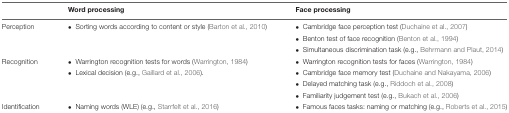
|  | Word processing | Face processing |
 | --- | --- | --- |
 | Perception | • Sorting words according to content or style (Barton et al., 2010) | • Cambridge face perception test (Duchaine et al., 2007) |
 |  |  | • Benton test of face recognition (Benton et al., 1994) |
 |  |  | • Simultaneous discrimination task (e.g., Behrmann and Plaut, 2014) |
 | Recognition | • Warrington recognition tests for words (Warrington, 1984) | • Warrington recognition tests for faces (Warrington, 1984) |
 |  | • Lexical decision (e.g., Gaillard et al., 2006). | • Cambridge face memory test (Duchaine and Nakayama, 2006) |
 |  |  | • Delayed matching task (e.g., Riddoch et al., 2008) |
 |  |  | • Familiarity judgement test (e.g., Bukach et al., 2006) |
 | Identification | • Naming words (WLE) (e.g., Starrfelt et al., 2016) | • Famous faces tasks: naming or matching (e.g., Roberts et al., 2015) |